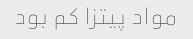
مواد پیتزا کم بود